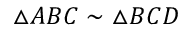
\triangle A B C \sim \triangle B C D